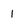
Character: 1